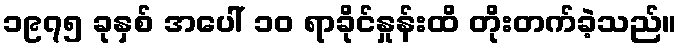
၁၉၇၅ ခုနှစ် အပေါ် ၁၀ ရာခိုင်နှုန်းထိ တိုးတက်ခဲ့သည်။